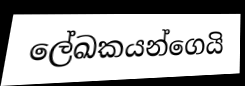
ලේඛකයන්ගෙයි